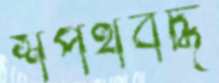
শপথবদ্ধ